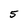
Character: 5